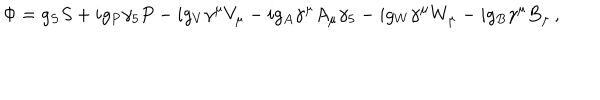
LaTeX: \Phi = g _ { S } S + i g _ { P } \gamma _ { 5 } P - i g _ { V } \gamma ^ { \mu } V _ { \mu } - i g _ { A } \gamma ^ { \mu } A _ { \mu } \gamma _ { 5 } - i g _ { W } \gamma ^ { \mu } W _ { \mu } - i g _ { B } \gamma ^ { \mu } B _ { \mu } \, ,